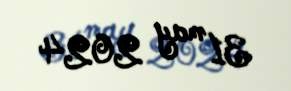
31 may 2024